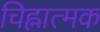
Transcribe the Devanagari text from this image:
चिह्नात्मक